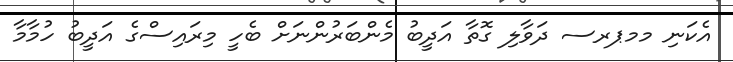
އެކަނި މމޕރސ ދަވާލި ގޮތާ އަދީބު މެންބަރުންނަށް ބެހީ މިރައިސްގެ އަދީބު ހުމާމާ